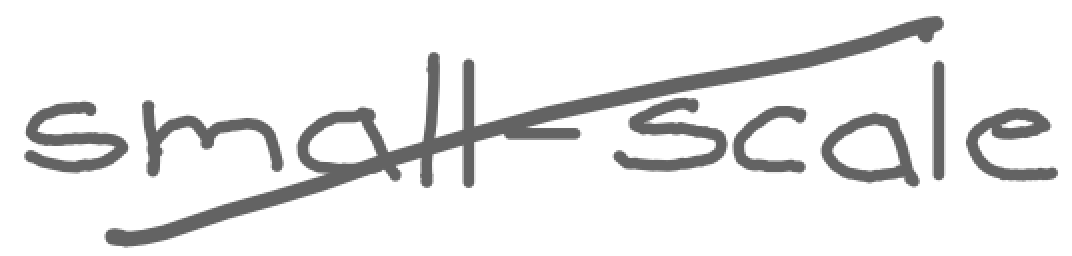
Text: small-scale
Cross-out: mix
Writing tool: digital_gray